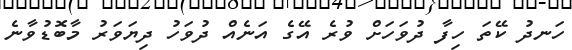
ހަނދު ކޭތަ ހިފާ ދުވަހަށް ވުރެ އޭގެ އަނެއް ދުވަހު ދިޔަވަރު މާބޮޑުވާނެ